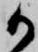
か